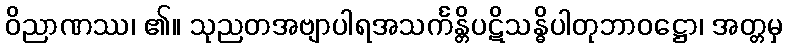
ဝိညာဏဿ၊ ၏။ သုညတအဗျာပါရအသင်္ကန္တိပဋိသန္ဓိပါတုဘာဝဋ္ဌော၊ အတ္တမှ